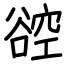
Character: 谾